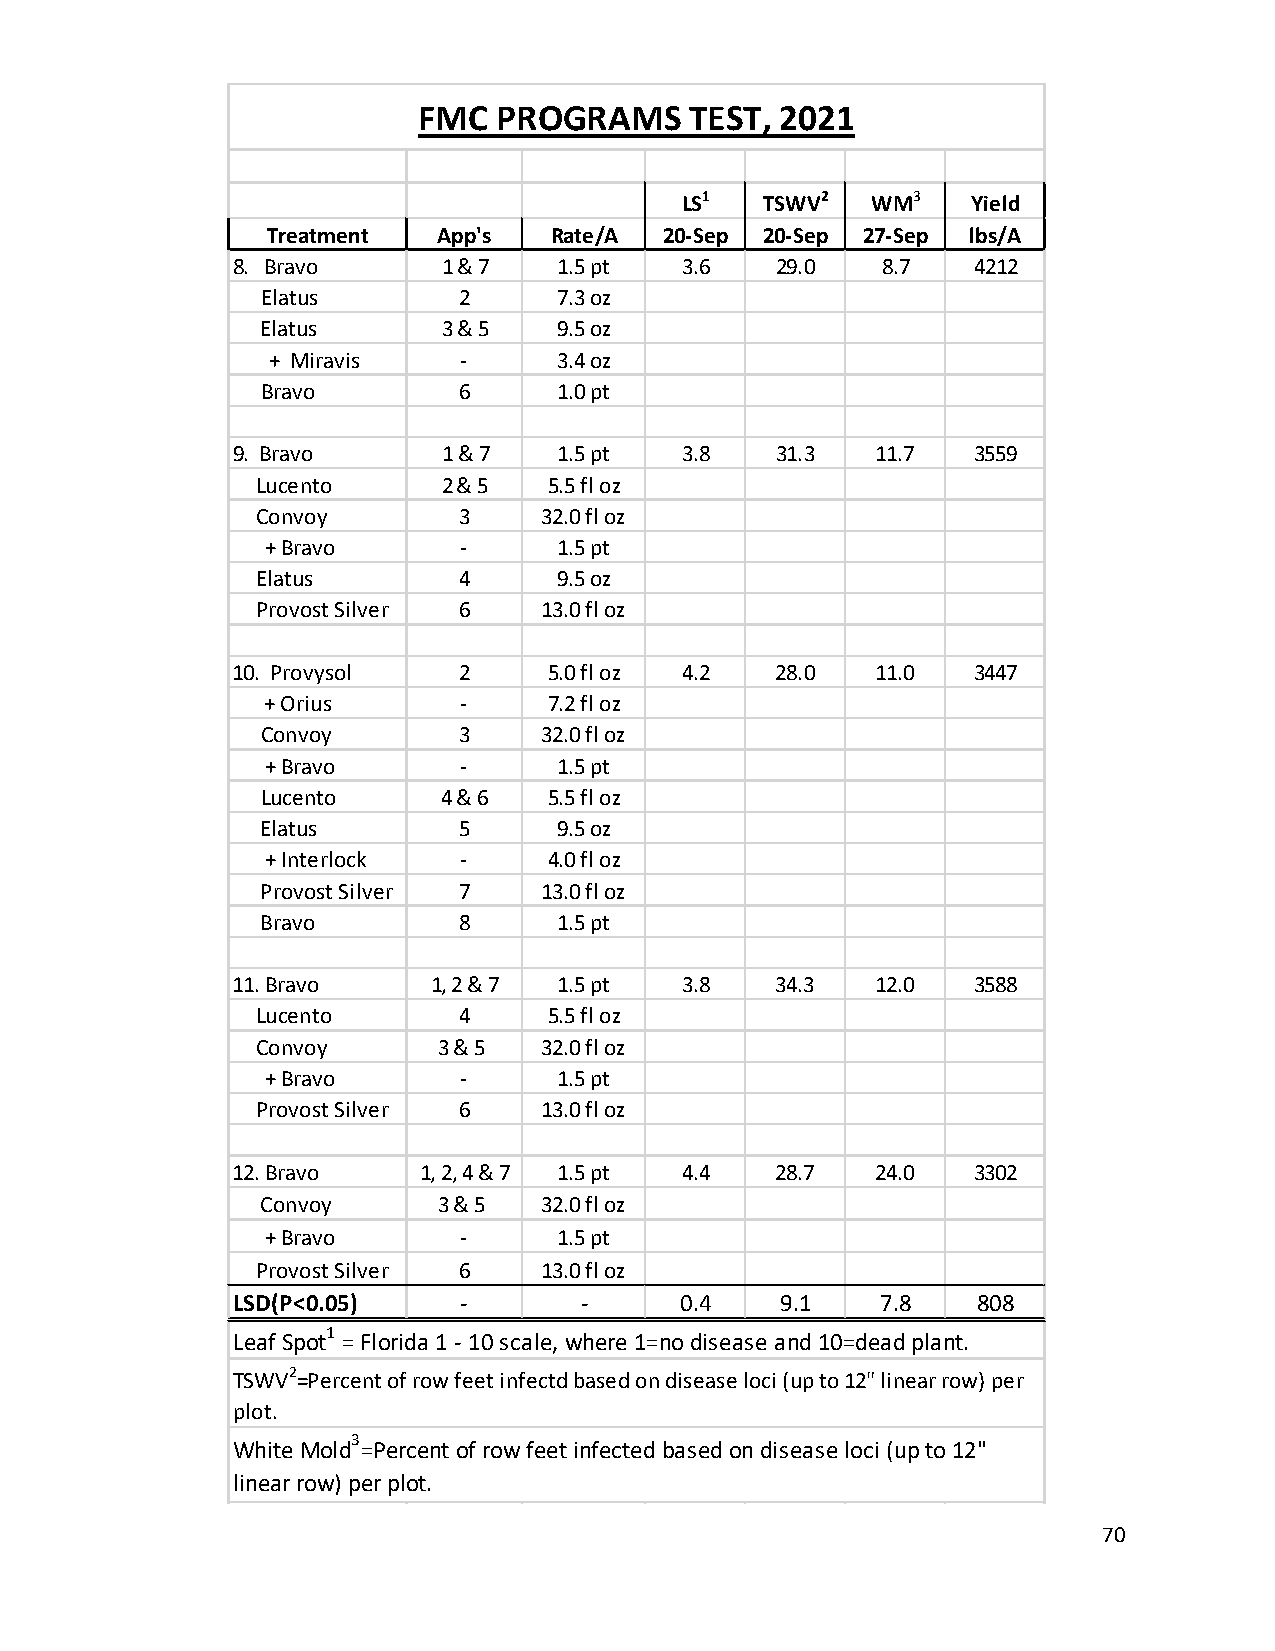
FMC  PROGRAMS     TEST, 2021
 LS1   TSWV2  WM3   Yield
 Treatment  App's  Rate/A  20-Sep 20-Sep 27-Sep lbs/A
 8. Bravo      1 & 7   1.5 pt  3.6   29.0   8.7   4212
 Elatus       2      7.3 oz
 Elatus      3 & 5   9.5 oz
 + Miravis   -      3.4 oz
 Bravo        6      1.0 pt
 9. Bravo      1 & 7   1.5 pt  3.8   31.3   11.7  3559
 Lucento     2 & 5  5.5 fl oz
 Convoy       3     32.0 fl oz
 + Bravo     -      1.5 pt
 Elatus       4      9.5 oz
 Provost Silver 6   13.0 fl oz
 10. Provysol   2     5.0 fl oz 4.2  28.0   11.0  3447
 + Orius     -     7.2 fl oz
 Convoy       3     32.0 fl oz
 + Bravo     -      1.5 pt
 Lucento     4 & 6  5.5 fl oz
 Elatus       5      9.5 oz
 + Interlock -     4.0 fl oz
 Provost Silver 7   13.0 fl oz
 Bravo        8      1.5 pt
 11. Bravo     1, 2 & 7 1.5 pt 3.8   34.3   12.0  3588
 Lucento      4     5.5 fl oz
 Convoy      3 & 5  32.0 fl oz
 + Bravo     -      1.5 pt
 Provost Silver 6   13.0 fl oz
 12. Bravo    1, 2, 4 & 7 1.5 pt 4.4 28.7   24.0  3302
 Convoy      3 & 5  32.0 fl oz
 + Bravo     -      1.5 pt
 Provost Silver 6   13.0 fl oz
 LSD(P<0.05)    -       -      0.4    9.1   7.8    808
 1
 Leaf Spot = Florida 1 - 10 scale, where 1=no disease and 10=dead plant.
 TSWV2=Percent of row feet infectd based on disease loci (up to 12" linear row) per
 plot.
 3
 White Mold =Percent of row feet infected based on disease loci (up to 12"
 linear row) per plot.
 70